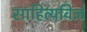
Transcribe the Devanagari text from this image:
साहित्यविज्ञ